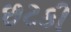
છટકી